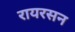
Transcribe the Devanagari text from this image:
रायरसन